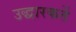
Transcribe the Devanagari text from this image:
उद्धारकर्ते